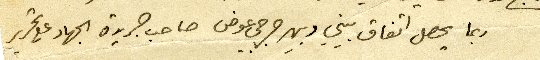
ربما يحصل اتفاق بيني وبين جرجي عوض صاحب جريدة الجهاد على تحرير